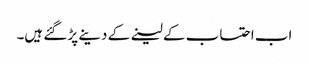
اب احتساب کے لینے کے دینے پڑ گئے ہیں۔